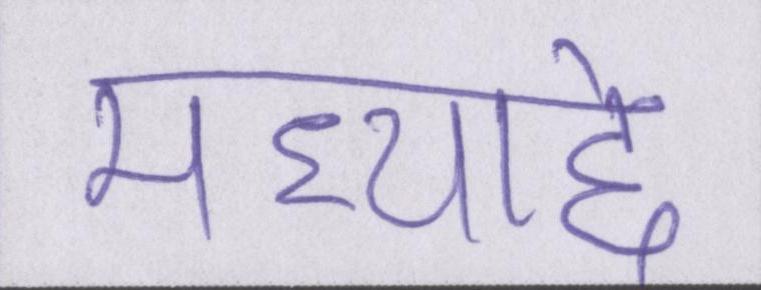
मध्याद्दे